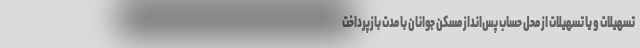
تسهیلات و یا تسهیلات از محل حساب پس‌انداز مسکن جوانان با مدت بازپرداخت